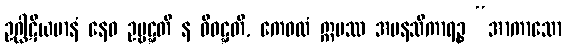
ဥဂ္ဃါဋိယမာနံ နေဝ ဥဗ္ဗဋ္ဋတိ န ဝိဝဋ္ဋတိ, ကေဝလံ ဣမဿ အမနသိကာရဉ္စ “အာကာသော